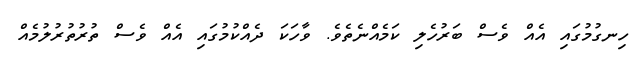
ހިނގުމުގައި އެއް ވެސް ބަރުހެލި ކަމެއްނެތެވެ. ވާހަކަ ދެއްކުމުގައި އެއް ވެސް ތުރުތުރުލުމެއް